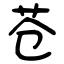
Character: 苍